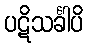
ပဋိသင်္ခါပိ